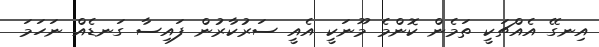
އިނގޭ އެއްޗަކީ ތަމެން ކޮންމެ މޫނަކީ އެއީ ސަރުކާރުން ފައިސާ ގަނޑެއް ނަހަމަ